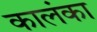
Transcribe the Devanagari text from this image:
कालंका